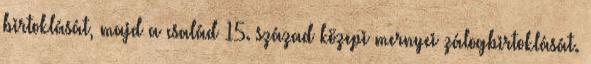
birtoklását, majd a család 15. század közepi mernyei zálogbirtoklását.